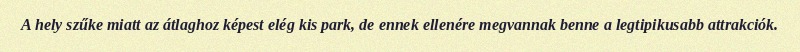
A hely szűke miatt az átlaghoz képest elég kis park, de ennek ellenére megvannak benne a legtipikusabb attrakciók.